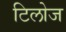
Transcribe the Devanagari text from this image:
टिलोज